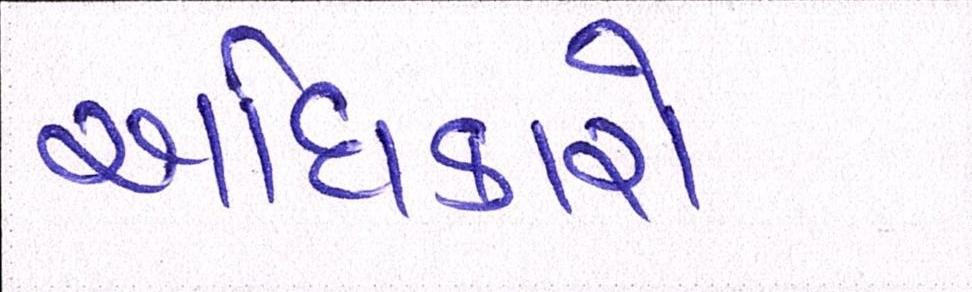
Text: અધિકારો